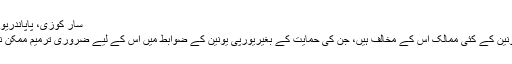
سار کوزی، پاپاندريو، ميرکل
يورپی يونين کے کئی ممالک اس کے مخالف ہيں، جن کی حمايت کے بغيريورپی يونين کے ضوابط ميں اس کے ليے ضروری ترميم ممکن نہيں ہے۔